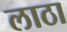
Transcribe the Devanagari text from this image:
लाठा